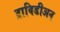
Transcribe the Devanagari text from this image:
द्राविडीअन